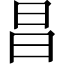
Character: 昌